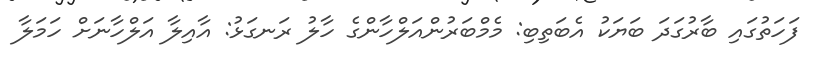
ފަހަތުގައި ބާރުގަދަ ބަޔަކު އެބަތިބި: މެމްބަރުންއަލްހާންގެ ހާލު ރަނގަޅު: އާއިލާ އަލްހާނަށް ހަމަލާ